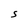
Character: S